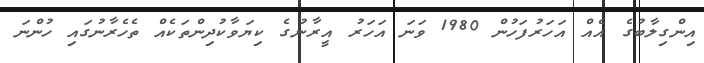
އިންގިލާބުގެ އެއް އަހަރުފަހުން 1980 ވަނަ އަހަރު އީރާނުގެ ކިޔަވާކުދިންތަކެއް ތެހެރާނުގައި ހުންނަ